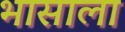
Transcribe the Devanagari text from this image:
भासाला